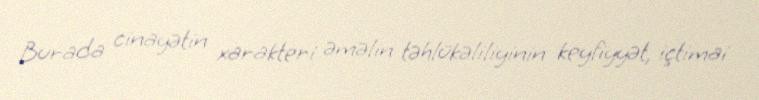
Burada cinayətin xarakteri əməlin təhlükəliliyinin keyfiyyət, içtimai